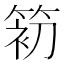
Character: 𰪃